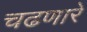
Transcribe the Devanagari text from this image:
चढणारे